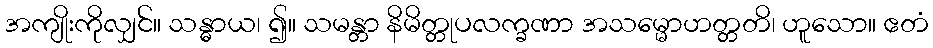
အကျိုးကိုလျှင်။ သန္ဓာယ၊ ၍။ သမန္တာ နိမိတ္တုပလက္ခဏာ အသမ္မောဟတ္တတိ၊ ဟူသော။ ဧတံ